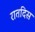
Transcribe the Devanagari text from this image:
रातदिस